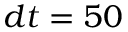
d t = 5 0